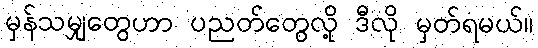
မှန်သမျှတွေဟာ ပညတ်တွေလို့ ဒီလို မှတ်ရမယ်။